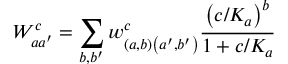
W _ { a a ^ { \prime } } ^ { c } = \sum _ { b , b ^ { \prime } } w _ { \left( a , b \right) \left( a ^ { \prime } , b ^ { \prime } \right) } ^ { c } \frac { \left( c / K _ { a } \right) ^ { b } } { 1 + c / K _ { a } }